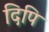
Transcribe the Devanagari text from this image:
दिपि